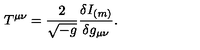
T ^ { \mu \nu } = { \frac { 2 } { \sqrt { - g } } } { \frac { \delta I _ { ( m ) } } { \delta g _ { \mu \nu } } } .